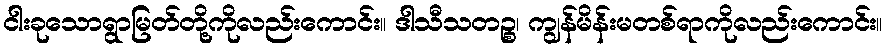
ငါးခုသောရွာမြတ်တို့ကိုလည်းကောင်း။ ဒါသီသတဉ္စ၊ ကျွန်မိန်းမတစ်ရာကိုလည်းကောင်း။